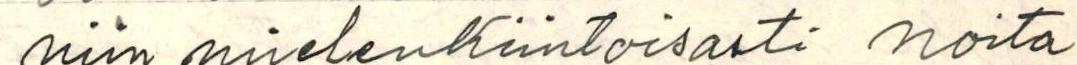
niin mielenkiintoisasti noita